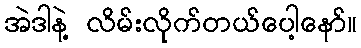
အဲဒါနဲ့ လိမ်းလိုက်တယ်ပေါ့နော်။